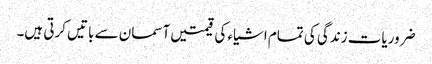
ضروریات زندگی کی تمام اشیاء کی قیمتیں آسمان سے باتیں کرتی ہیں۔